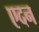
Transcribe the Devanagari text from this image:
एदन